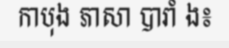
កាបុង ភាសា បារាំ ង៖